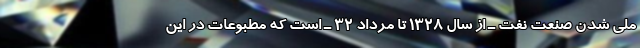
ملی شدن صنعت نفت ـ از سال ۱۳۲۸ تا مرداد ۳۲ ـ است که مطبوعات در این